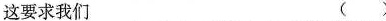
这要求我们 ( )